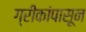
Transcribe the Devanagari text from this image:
ग्रीकांपासून